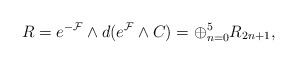
\begin{align*}R = e^{-{\cal{F}}} \wedge d ( e^{\cal{F}} \wedge C ) =\oplus _{n=0}^{5} R_{2n+1}, \qquad\end{align*}